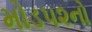
મોડ૫૨નો